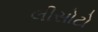
લીસોટો